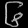
Digit: ၆